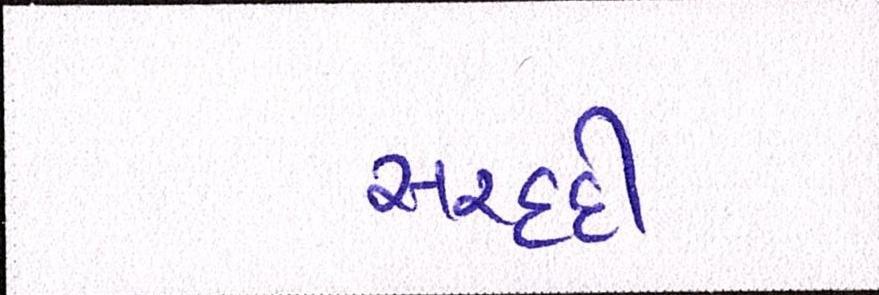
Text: સરહદી